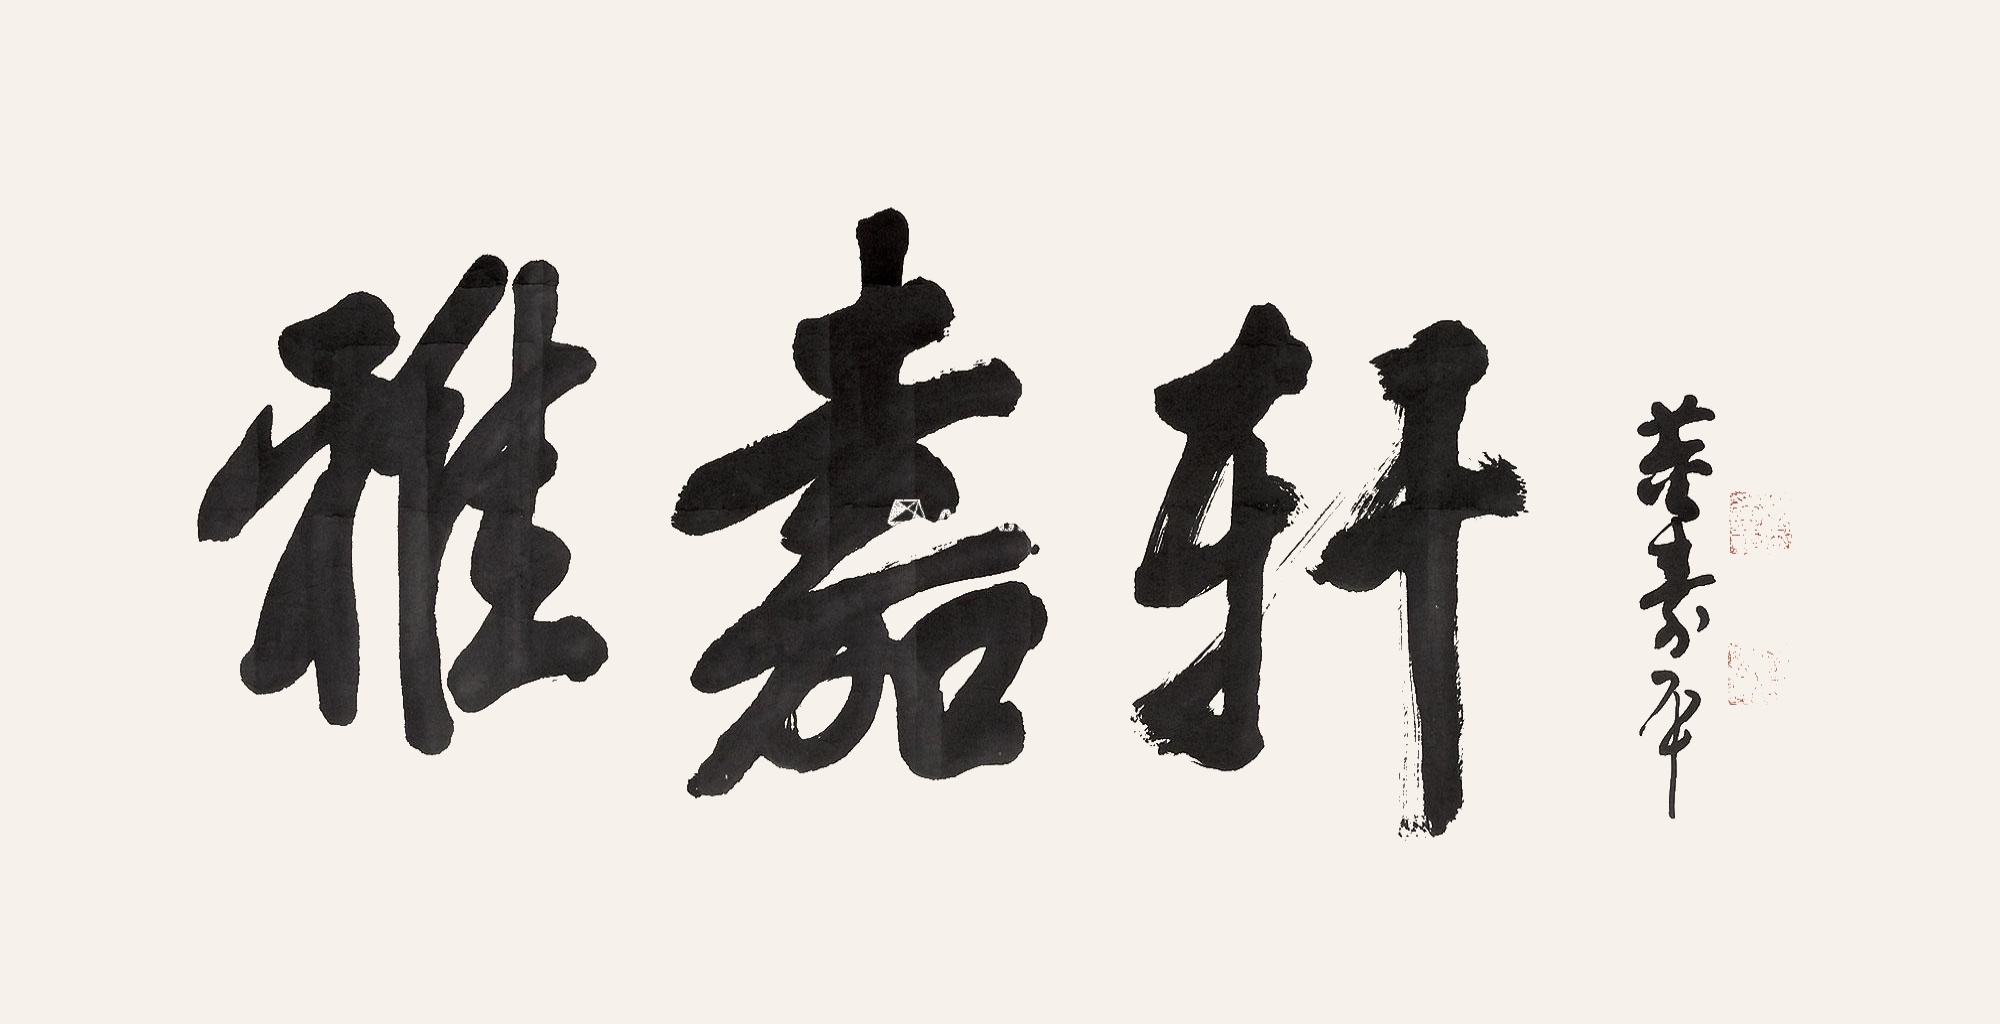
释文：雅嘉轩。董寿平。